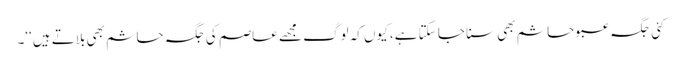
کئی جگہ عبو حاشم بھی سنا جا سکتا ہے، کیوں کہ لوگ مجھے عاصم کی جگہ حاشم بھی بلاتے ہیں‘‘۔